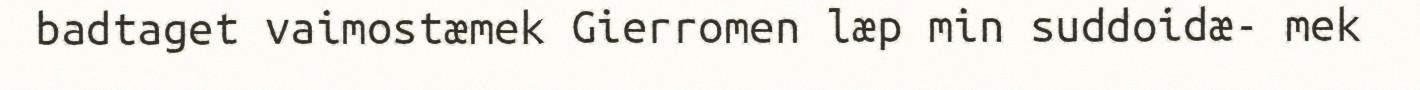
badtaget vaimostæmek Gierromen læp min suddoidæ- mek